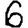
Digit: 6